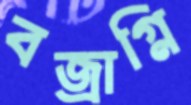
বজ্রাগ্নি